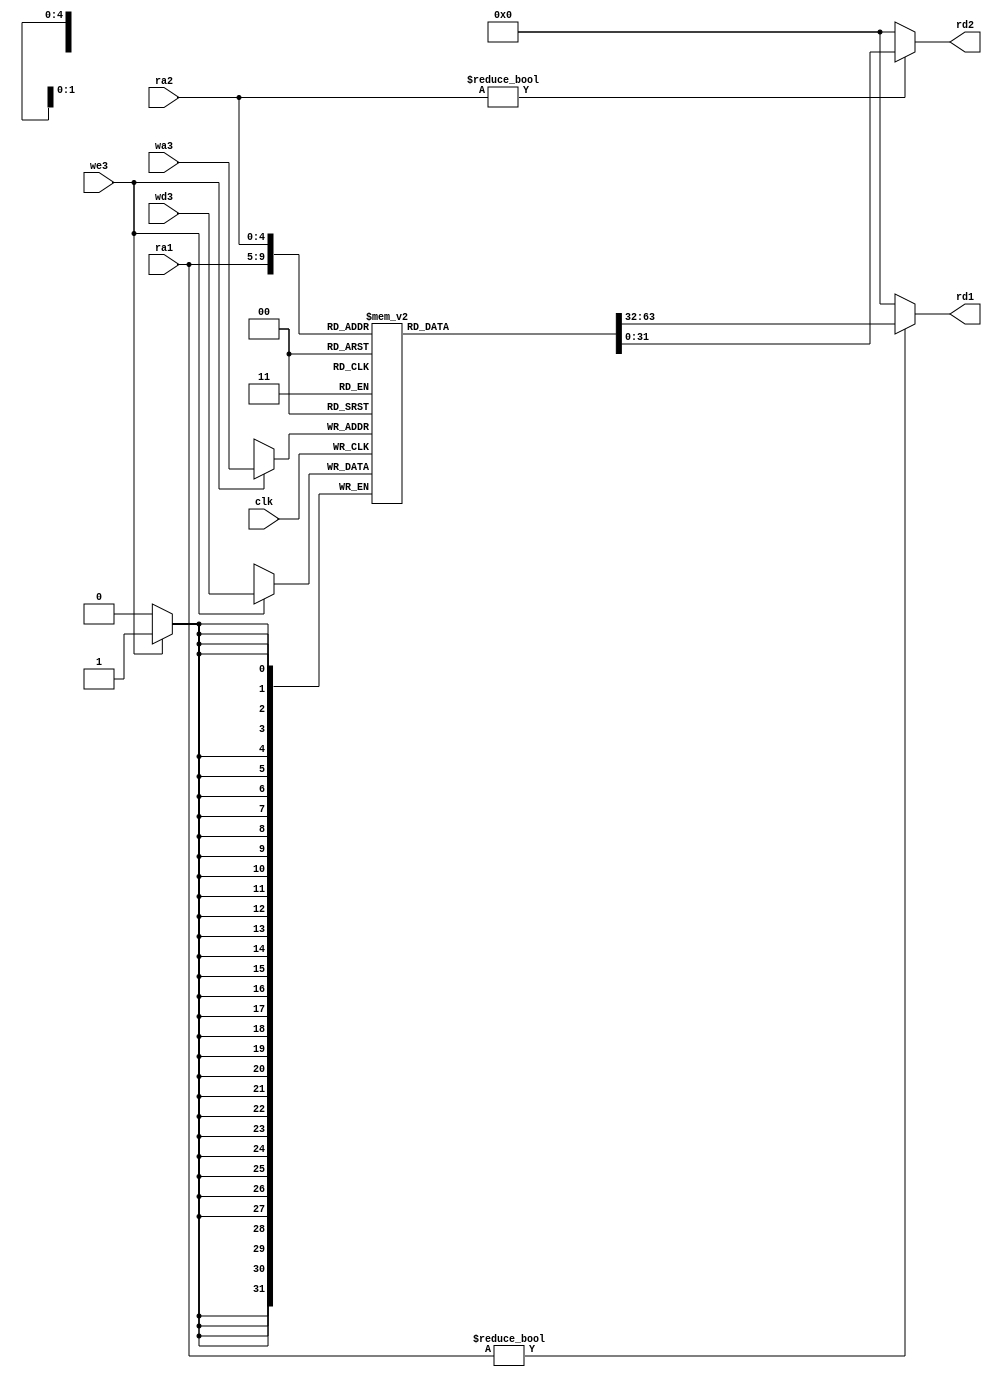
/* Registerfile with variable WIDTH
 *
 */

module regfile #(parameter WIDTH=32)(
        input [4:0]         ra1, ra2, wa3,
        input [WIDTH-1:0]   wd3,
        input               clk, 
        input               we3,
        output [WIDTH-1:0]  rd1, rd2);
        
        // [reg width] name[number of regs]
        reg [WIDTH-1:0] regs[31:0]; 

        // write only on positive clock edge        
        always @ (posedge clk)
        begin
            // write reg only if write enable is HIGH
            if(we3) regs[wa3] <= wd3;
        end

        // read regfile asynchronously if not zero register     
        assign rd1 = (ra1 != 0)? regs[ra1] : 0;
        assign rd2 = (ra2 != 0)? regs[ra2] : 0;

endmodule